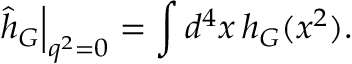
\left. \hat { h } _ { G } \right| _ { q ^ { 2 } = 0 } = \int d ^ { 4 } x \, h _ { G } ( x ^ { 2 } ) .